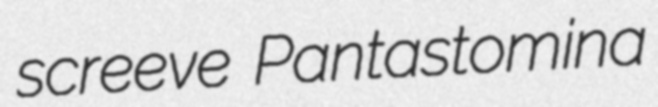
screeve Pantastomina